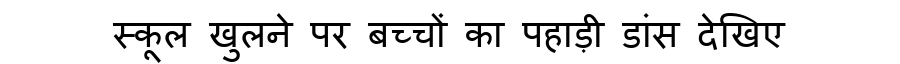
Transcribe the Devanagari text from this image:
स्कूल खुलने पर बच्चों का पहाड़ी डांस देखिए